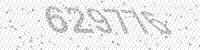
Solution: 629776